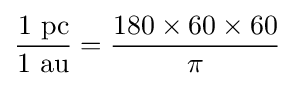
{\frac {1{\text{ pc}}}{1{\text{ au}}}}={\frac {180\times 60\times 60}{\pi }}